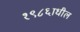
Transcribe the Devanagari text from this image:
१९८६ाधील